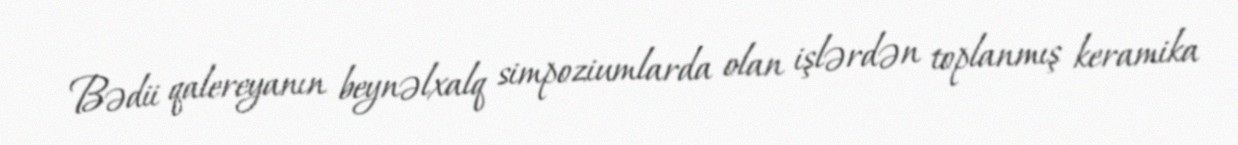
Bədii qalereyanın beynəlxalq simpoziumlarda olan işlərdən toplanmış keramika